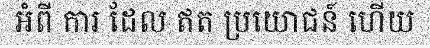
អំពី ការ ដែល ឥត ប្រយោជន៍ ហើយ